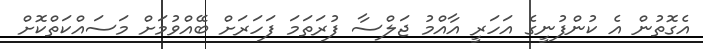
އެގޮތުން އެ ކުންފުނީގެ އަހަރީ އާއްމު ޖަލްސާ ފުރަތަމަ ފަހަރަށް ބޭއްވުމަށް މަސައްކަތްކޮށް